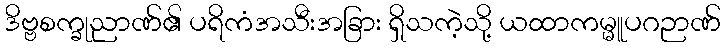
ဒိဗ္ဗစက္ခုညာဏ်၏ ပရိကံအသီးအခြား ရှိသကဲ့သို့ ယထာကမ္မူပဂဉာဏ်